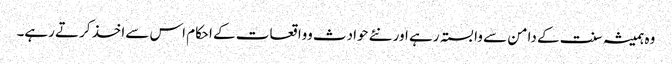
وہ ہمیشہ سنت کے دامن سے وابستہ رہے اور نئے حوادث وواقعات کے احکام اس سےاخذ کرتے رہے۔